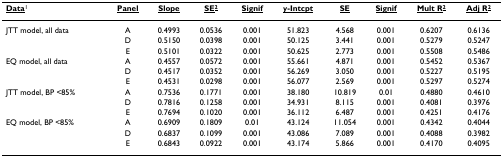
| <underline>Data</underline>1 | <underline>Panel</underline> | <underline>Slope</underline> | <underline>SE2</underline> | <underline>Signif</underline> | <underline>y-Intcpt</underline> | <underline>SE</underline> | <underline>Signif</underline> | <underline>Mult R2</underline> | <underline>Adj R2</underline> |
 | --- | --- | --- | --- | --- | --- | --- | --- | --- | --- |
 | JTT model, all data | A | 0.4993 | 0.0536 | 0.001 | 51.823 | 4.568 | 0.001 | 0.6207 | 0.6136 |
 |  | D | 0.5150 | 0.0398 | 0.001 | 50.125 | 3.441 | 0.001 | 0.5279 | 0.5247 |
 |  | E | 0.5101 | 0.0322 | 0.001 | 50.625 | 2.773 | 0.001 | 0.5508 | 0.5486 |
 | EQ model, all data | A | 0.4557 | 0.0572 | 0.001 | 55.661 | 4.871 | 0.001 | 0.5452 | 0.5367 |
 |  | D | 0.4517 | 0.0352 | 0.001 | 56.269 | 3.050 | 0.001 | 0.5227 | 0.5195 |
 |  | E | 0.4531 | 0.0298 | 0.001 | 56.077 | 2.569 | 0.001 | 0.5297 | 0.5274 |
 | JTT model, BP <85% | A | 0.7536 | 0.1771 | 0.001 | 38.180 | 10.819 | 0.01 | 0.4880 | 0.4610 |
 |  | D | 0.7816 | 0.1258 | 0.001 | 34.931 | 8.115 | 0.001 | 0.4081 | 0.3976 |
 |  | E | 0.7694 | 0.1020 | 0.001 | 36.112 | 6.487 | 0.001 | 0.4251 | 0.4176 |
 | EQ model, BP <85% | A | 0.6909 | 0.1809 | 0.01 | 43.124 | 11.054 | 0.001 | 0.4342 | 0.4044 |
 |  | D | 0.6837 | 0.1099 | 0.001 | 43.086 | 7.089 | 0.001 | 0.4088 | 0.3982 |
 |  | E | 0.6843 | 0.0922 | 0.001 | 43.174 | 5.866 | 0.001 | 0.4170 | 0.4095 |